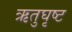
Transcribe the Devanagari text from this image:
ऋतुघृष्ट